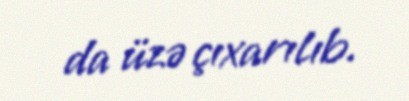
da üzə çıxarılıb.